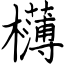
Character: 欂